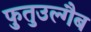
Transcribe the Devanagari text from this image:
फुतुउल्गैब